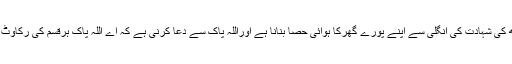
تعداد پوری ہونے کے بعد آپ نے سیدھے ہاتھ کی شہادت کی انگلی سے اپنے پورے گھرکا ہوائی حصا بنانا ہے اوراللہ پاک سے دعا کرنی ہے کہ اے اللہ پاک ہرقسم کی رکاوٹ اور بندش کو اپنے فضل وکرم سے دورفرما ۔